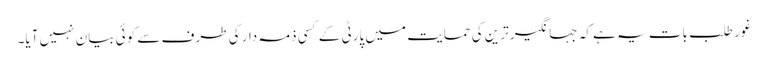
غور طلب بات یہ ہے کہ جہانگیر ترین کی حمایت میں پارٹی کے کسی ذمہ دار کی طرف سے کوئی بیان نہیں آیا۔